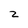
Character: z